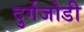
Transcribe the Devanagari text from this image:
दुर्गजोडी